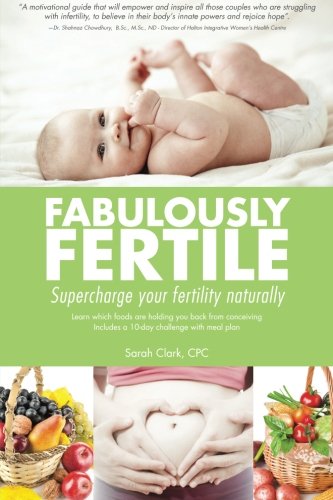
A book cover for Fabulously Fertile: Supercharge your fertility naturally; Sarah Clark CPC; Health, Fitness & Dieting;